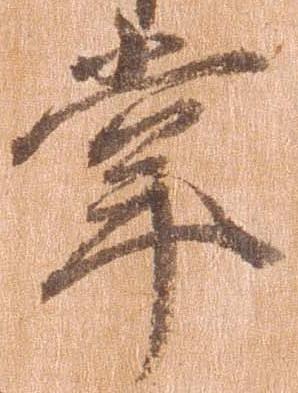
掌